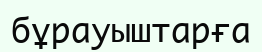
бұрауыштарға